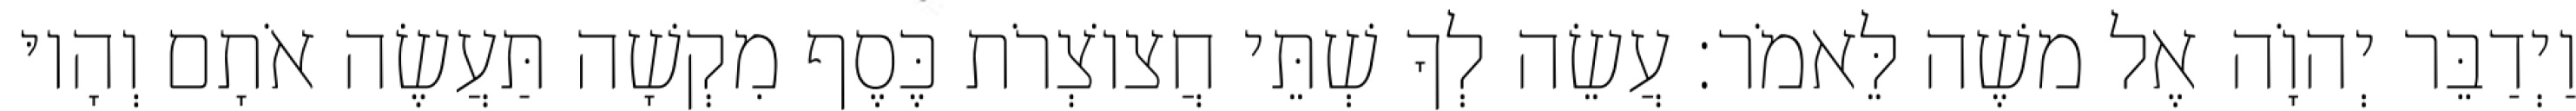
וַיְדַבֵּר יְהוָֹה אֶל משֶׁה לֵּאמֹר׃ עֲשֵׂה לְךָ שְׁתֵּי חֲצוֹצְרֹת כֶּסֶף מִקְשָׁה תַּעֲשֶׂה אֹתָם וְהָיוּ